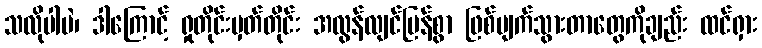
သလိုပါပဲ၊ ဒါကြောင့် ရှုတိုင်းမှတ်တိုင်း အလွန်လျင်မြန်စွာ ဖြစ်ပျက်သွားတာတွေကိုချည်း ထင်ရှား